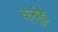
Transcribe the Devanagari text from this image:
कर्बुडे